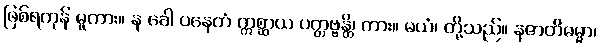
ဖြစ်ရကုန် မူကား။ န ခေါ ပနေတံ ဣစ္ဆာယ ပတ္တဗ္ဗန္တိ၊ ကား။ မယံ၊ တို့သည်။ နဇာတိဓမ္မာ၊